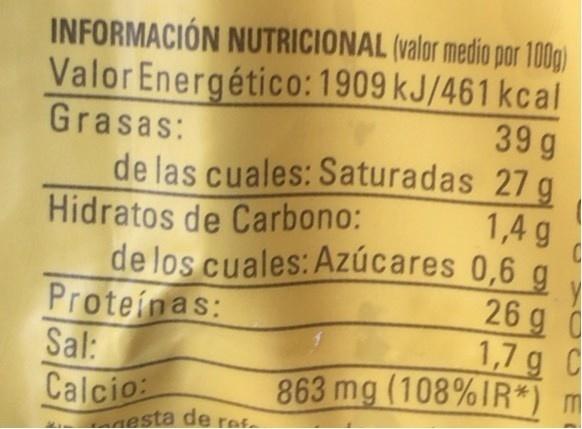
INFORMACIÓN NUTRICIONAL (valor medio por 100g) ValorEnergético:1909 kJ/461 kcal 39 g de las cuales: Saturadas 27 g 1,4 g
Grasas:
Hidratos de Carbono:
de los cuales: Azúcares 0,6 g
Proteinas: Sal:
26 g 0 1,7 g C 863 mg (108%IR*) m
Calcio: esta de res.